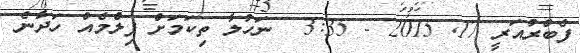
ފެބްރުއަރީ 17